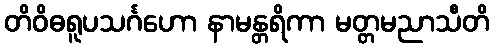
တိဝိဓရူပသင်္ဂဟော နာမန္တရိကာ မတ္တမညာသီတိ